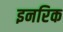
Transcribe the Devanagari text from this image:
इनरिक